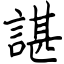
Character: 諶